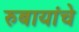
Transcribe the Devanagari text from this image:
रुबायांचे